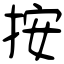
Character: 按